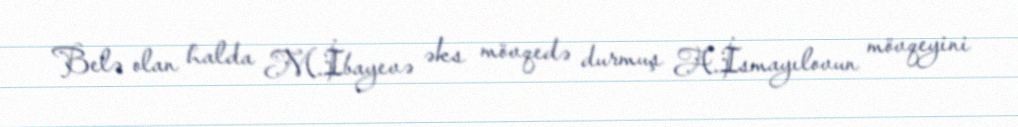
Belə olan halda M.İbayevə əks mövqedə durmuş A.İsmayılovun mövqeyini